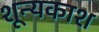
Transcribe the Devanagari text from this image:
शून्यकाश